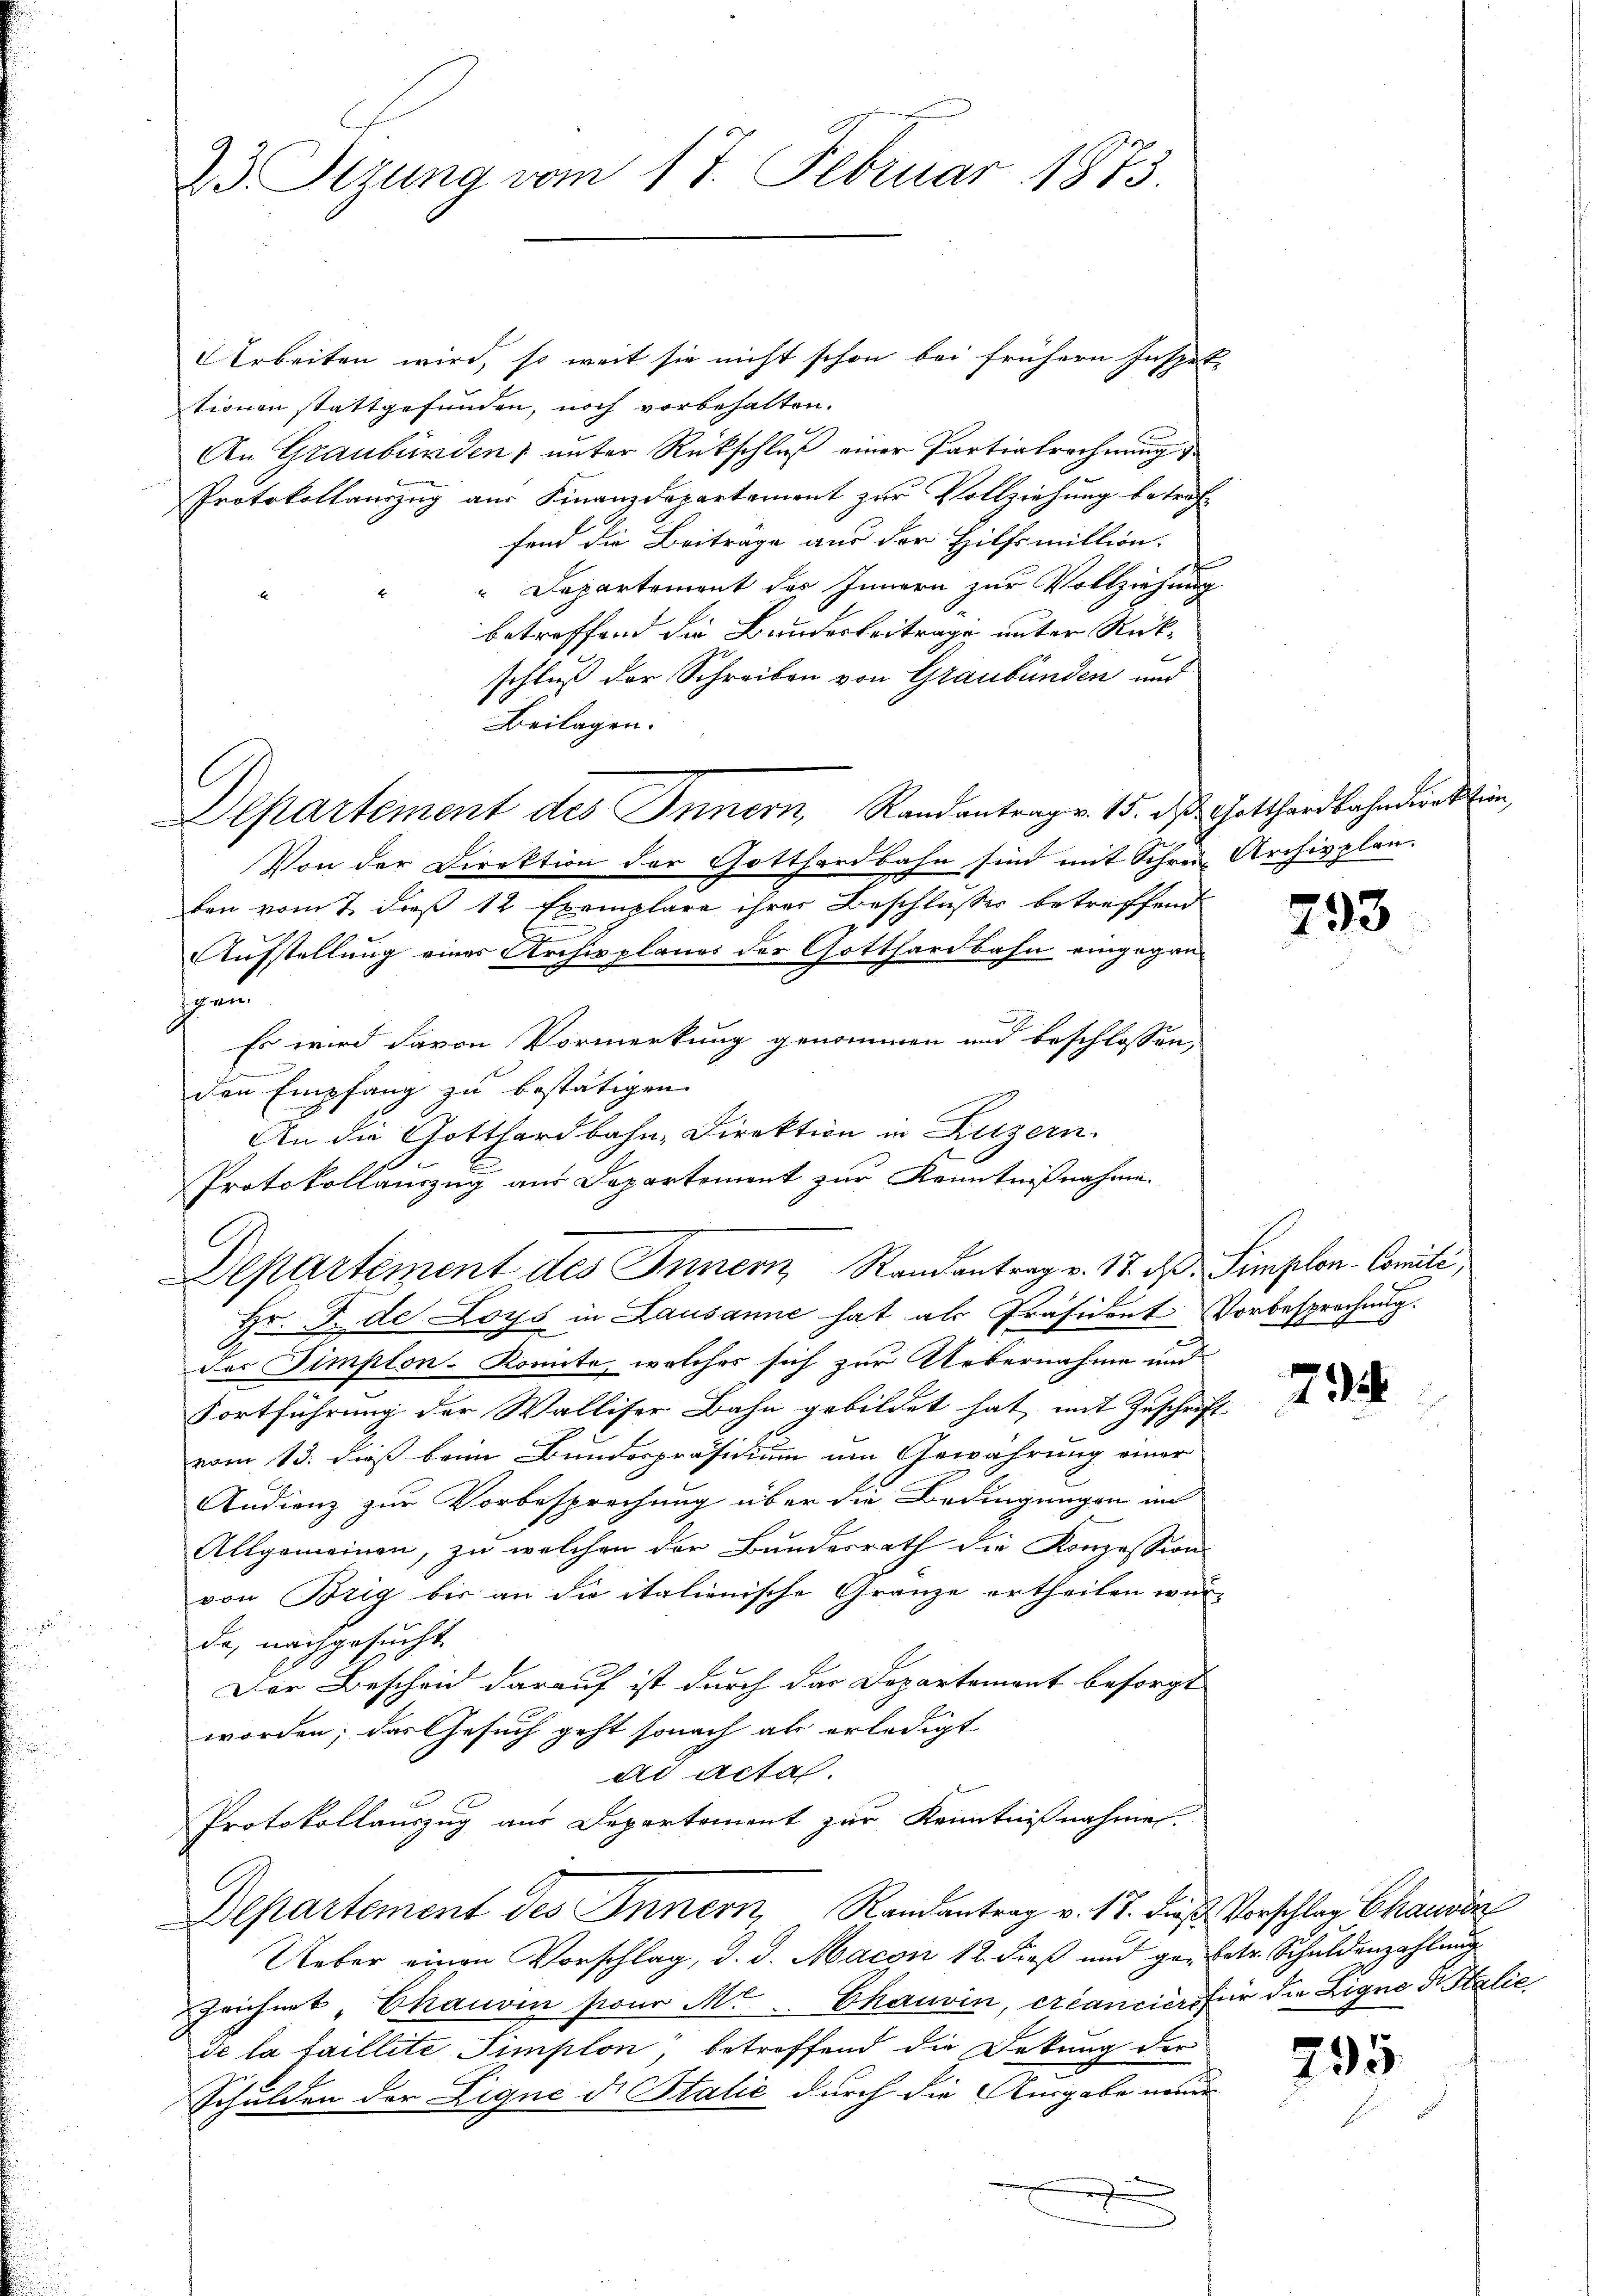
23 Sizung vom 17. Februar 1873.

Arbeiten wird, so weit sie nicht schon bei frühern Inspete
tionen stattgefunden, noch vorbehalten.
2
An Graubürden unter Rückschluß einer Partiatrechnung
Protokollauszug aus Finanzdepartement zur Vollziehung beträffend die Beiträge aus der Hilfsmittion.
"Departement der Innern zur Vollziehung
betreffend die Bundesbeitrage unter Rück-
schluß der Schreiben von Graubünden und
Beilagen.
Departement des Innern Randantrage. 15. des Gotthardbahndirektion
Von der Direktion der Gotthardbahn sind mit Schreie Archivplan.
ben vom 2. dieß 12 Exemplare ihrer Beschlusses betreffend
d
Aufstellung eines Archivplanes der Gotthardbahn eingegan
un
Es wird davon Vormerkung genommen und beschlossen,
den Empfang zu bestätigen.
An die Gotthardbahn-Direktion in Luzern.
Protokollanzug aus Departement zur Kenntnißnahme.
Departement des Innern, Randantrag v. 17. ds. Simplon-Commiti,
Hr. F. de Loys in Lausanne hat als Präsident Vorbesprechung.
des Simplon-Komite, welches sich zur Uebernahme und
Fortführung der Walliser Bahn gebildet hat, mit Zuschrift
vom 13. dieß beim Bundespräsidium um Gewährung einer
Audienz zur Vorbesprechung über die Bedingungen im
Allgemeinen, zu welchen der Bundesrath die Konzession
von Brig bis an die italienische Gränze ertheilen wür-
da, nachgesucht
Der Bescheid darauf ist durch das Departement besorgt
worden; das Gesuch geht sonach als erledigt
ds actas.
Protokollauszug aus Departement zur Kenntnißnahmen.
Departement des Innern, Randantrag v. 17. dieß Vorschlag Chausen
Ueber einen Vorschlag, d. d. Macon 12. dieß und gar betr. Schuldenzahlman
Zeichnet, Chauvin pour Mr. Chauvin, créanciers für die Ligne Fr. Stalie
de la faillite Simplon, betreffend die Dekung der
Schulden der Lique di Stalić durch die Ausgabe neuer
e

793

7

795.